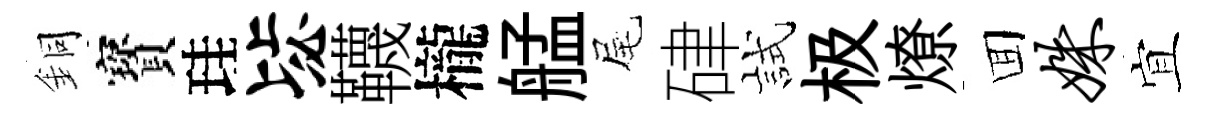
銅寳珪毖韈櫳艋尾硉試极燎囬姝宜